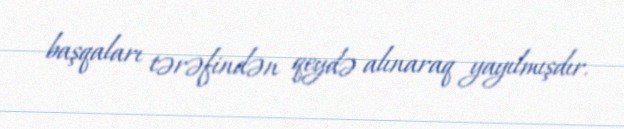
başqaları tərəfindən qeydə alınaraq yayılmışdır.